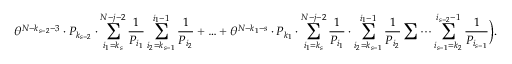
\theta ^ { N - k _ { s - 2 } - 3 } \cdot P _ { k _ { s - 2 } } \cdot \sum _ { i _ { 1 } = k _ { s } } ^ { N - j - 2 } \frac { 1 } { P _ { i _ { 1 } } } \sum _ { i _ { 2 } = k _ { s - 1 } } ^ { i _ { 1 } - 1 } \frac { 1 } { P _ { i _ { 2 } } } + \ldots + \theta ^ { N - k _ { 1 } - s } \cdot P _ { k _ { 1 } } \cdot \sum _ { i _ { 1 } = k _ { s } } ^ { N - j - 2 } \frac { 1 } { P _ { i _ { 1 } } } \cdot \sum _ { i _ { 2 } = k _ { s - 1 } } ^ { i _ { 1 } - 1 } \frac { 1 } { P _ { i _ { 2 } } } \sum \cdots \sum _ { i _ { s - 1 } = k _ { 2 } } ^ { i _ { s - 2 } - 1 } \frac { 1 } { P _ { i _ { s - 1 } } } \Big ) .